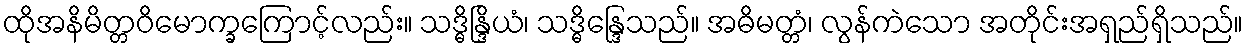
ထိုအနိမိတ္တဝိမောက္ခကြောင့်လည်း။ သဒ္ဓိန္ဒြိယံ၊ သဒ္ဓိန္ဒြေသည်။ အဓိမတ္တံ၊ လွန်ကဲသော အတိုင်းအရှည်ရှိသည်။